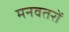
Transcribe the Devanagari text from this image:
मनवतरों